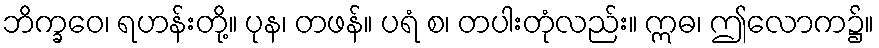
ဘိက္ခဝေ၊ ရဟန်းတို့။ ပုန၊ တဖန်။ ပရံ စ၊ တပါးတုံလည်း။ ဣဓ၊ ဤလောက၌။